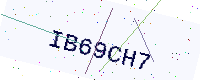
Text: IB69CH7